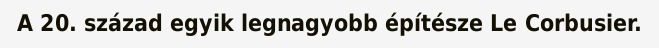
A 20. század egyik legnagyobb építésze Le Corbusier.